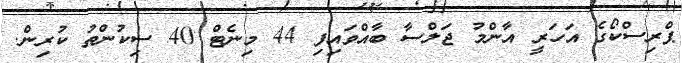
ޕްރިސްކޯގެ އަހަރީ އާންމު ޖަލްސާ ބާއްވައިފި 44 މިނެޓް 40 ސިކުންތު ކުރިން.